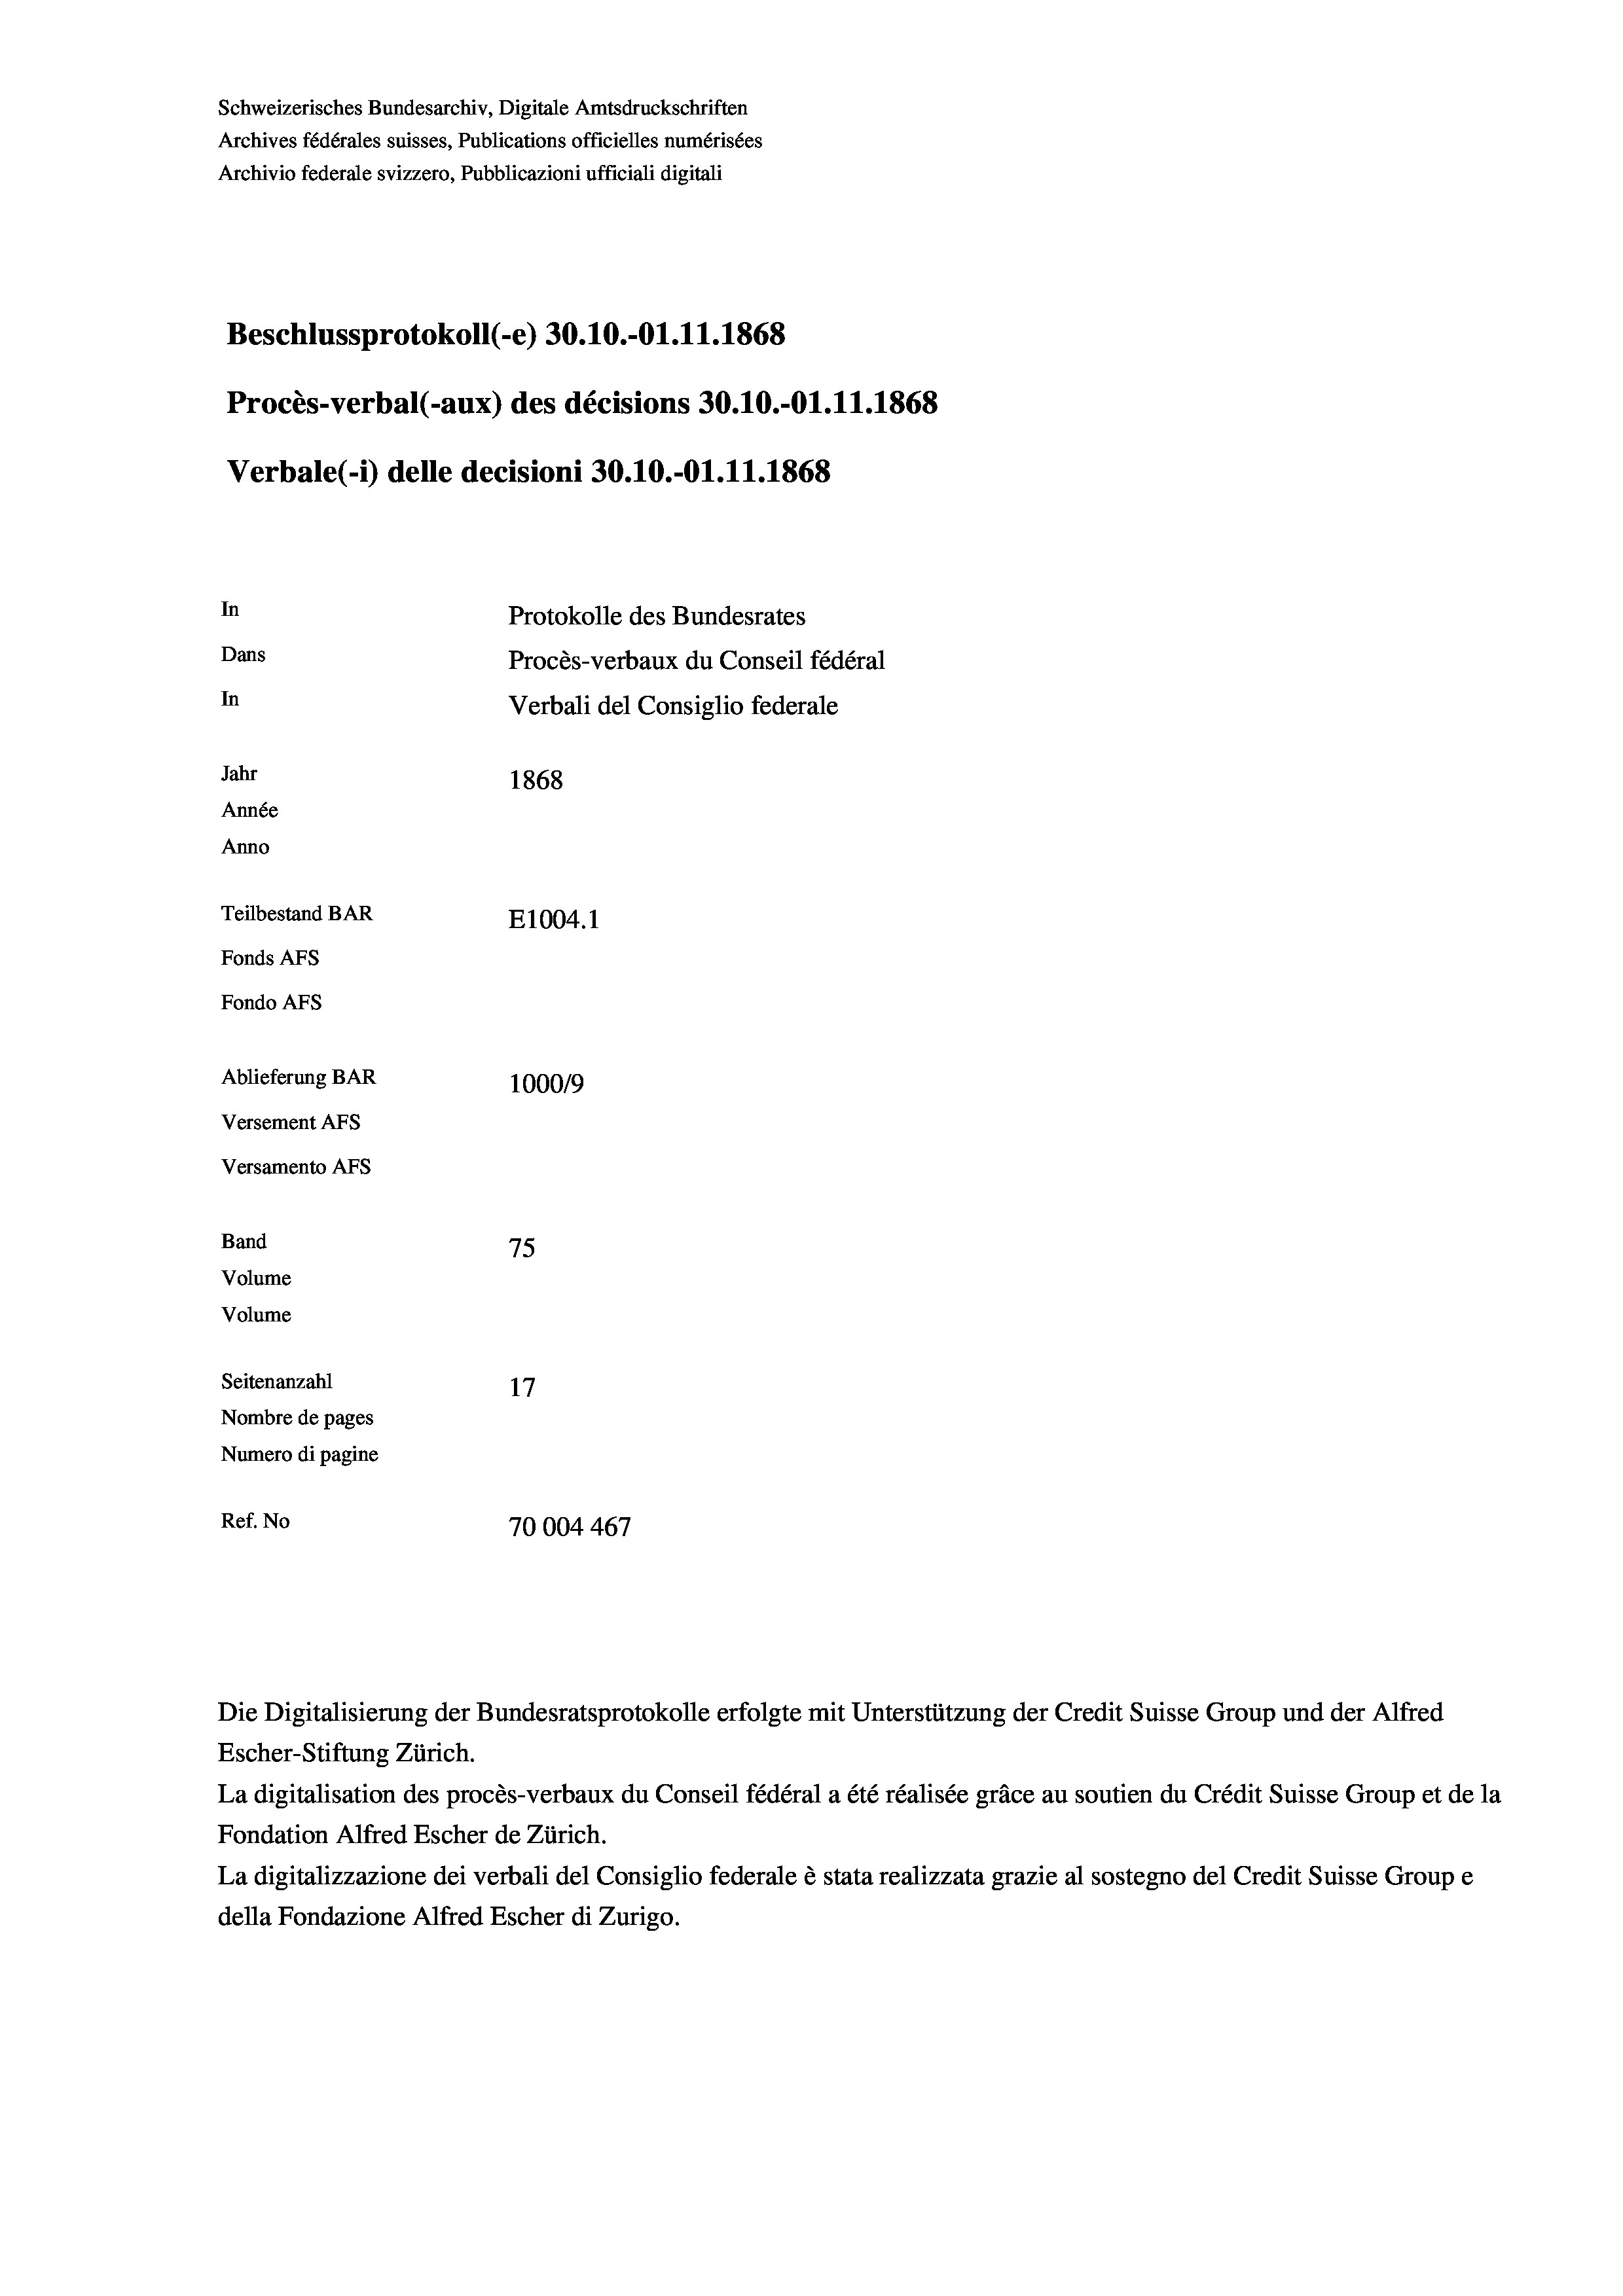
Schweizerisches Bundesarchiv, Digitale Amtsdruckschriften
Archives fédérales suisses, Publications officielles numérisées
Archivio federale svizzero, Pubblicazioni ufficiali digitali
Beschlussprotokoll (-e) 30.10.-O1.11.1868
Procès-verbal (-aux) des décisions 30.10.-O1.11.1868
Verbale (1) delle decisioni 30.10.-Ol.11.1868
In
Protokolle des Bundesrates
Dans
Procès-verbaux du Conseil fédéral
In
Verbali del Consiglio federale
Jahr
1868
Année
Anno
Teilbestand BAR
E1004. 1
Fonds AFs
Fondo AFS
Ablieferung BAR
100019
Versement Ans
Versamento Afs
Band
75
Volume
Volume
Seitenanzahl
17
Nombre de pages
Numero di pagine
Ref. No
70004467

Die Digitalisierung der Bundesratsprotokolle erfolgte mit Unterstützung der Credit Suisse Group und der Alfred
Escher-Stiftung Zürich.
La digitalisation des procès-verbaux du Conseil fédéral a été réalisée gräce au soutien du Crédit Suisse Group et de la
Fondation Alfred Escher de Zürich.
La digitalizzazione dei verbali del Consiglio federale è stata realizzata grazie al sostegno del Credit Suisse Groupe
della Fondazione Alfred Escher di Zurigo.